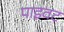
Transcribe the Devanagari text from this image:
पाइवट